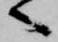
へ